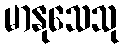
မာနုသေသု